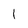
Character: 1